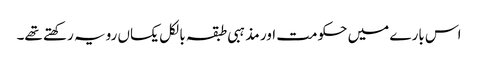
اس بارے میں حکومت اور مذہبی طبقہ بالکل یکساں رویہ رکھتے تھے۔